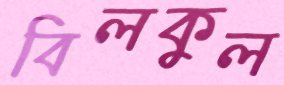
বিলকুল